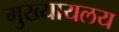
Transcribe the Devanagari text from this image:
मुख्यायलय